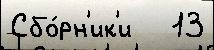
Сбо́рн'ик'и   13